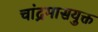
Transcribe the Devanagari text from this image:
चांद्रमासयुक्त